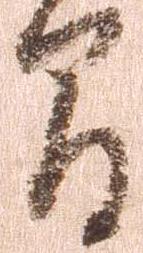
間